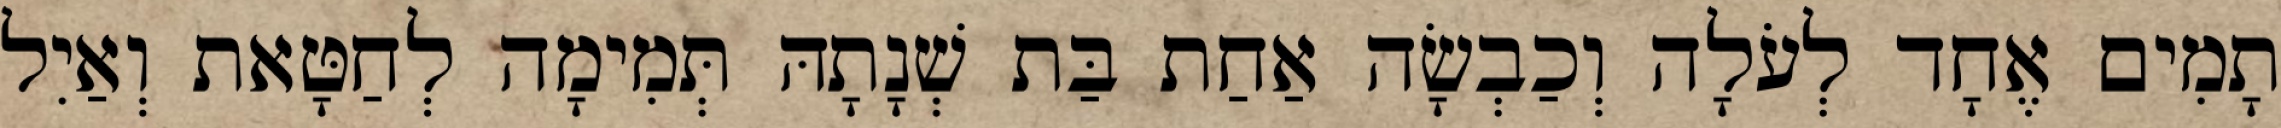
תָמִים אֶחָד לְעֹלָה וְכַבְשָׂה אַחַת בַּת שְׁנָתָהּ תְּמִימָה לְחַטָּאת וְאַיִל